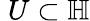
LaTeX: \; U\subset\mathbb{H}